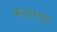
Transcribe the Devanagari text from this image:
कठताल